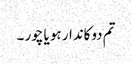
تم دوکاندار ہو یا چور ۔